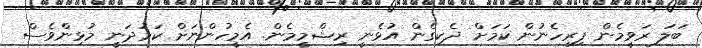
ބަލަ ރަވީމެން ފިރިހެނުން ކަމަށް ދެކިގެން އުޅެނީ ރިޝްމީމެން. އެމީހުންނަށް ކަމުދަނީ މުޅިންވެސް